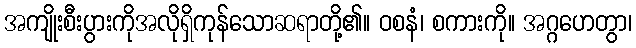
အကျိုးစီးပွားကိုအလိုရှိကုန်သောဆရာတို့၏။ ဝစနံ၊ စကားကို။ အဂ္ဂဟေတွာ၊